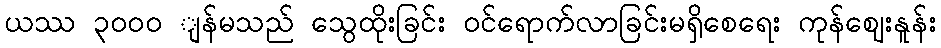
ယဿ ၃၀၀ဝ ျန်မသည် သွေထိုးခြင်း ဝင်ရောက်လာခြင်းမရှိစေရေး ကုန်ဈေးနူန်း